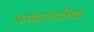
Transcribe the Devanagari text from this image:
फणसालाकिंवा